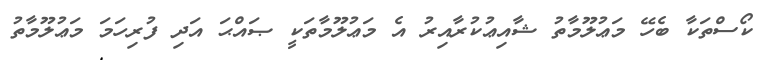
ކޯސްތަކާ ބެހޭ މަޢުލޫމާތު ޝާއިޢުކުރާއިރު އެ މަޢުލޫމާތަކީ ޞައްޙަ އަދި ފުރިހަމަ މަޢުލޫމާތު